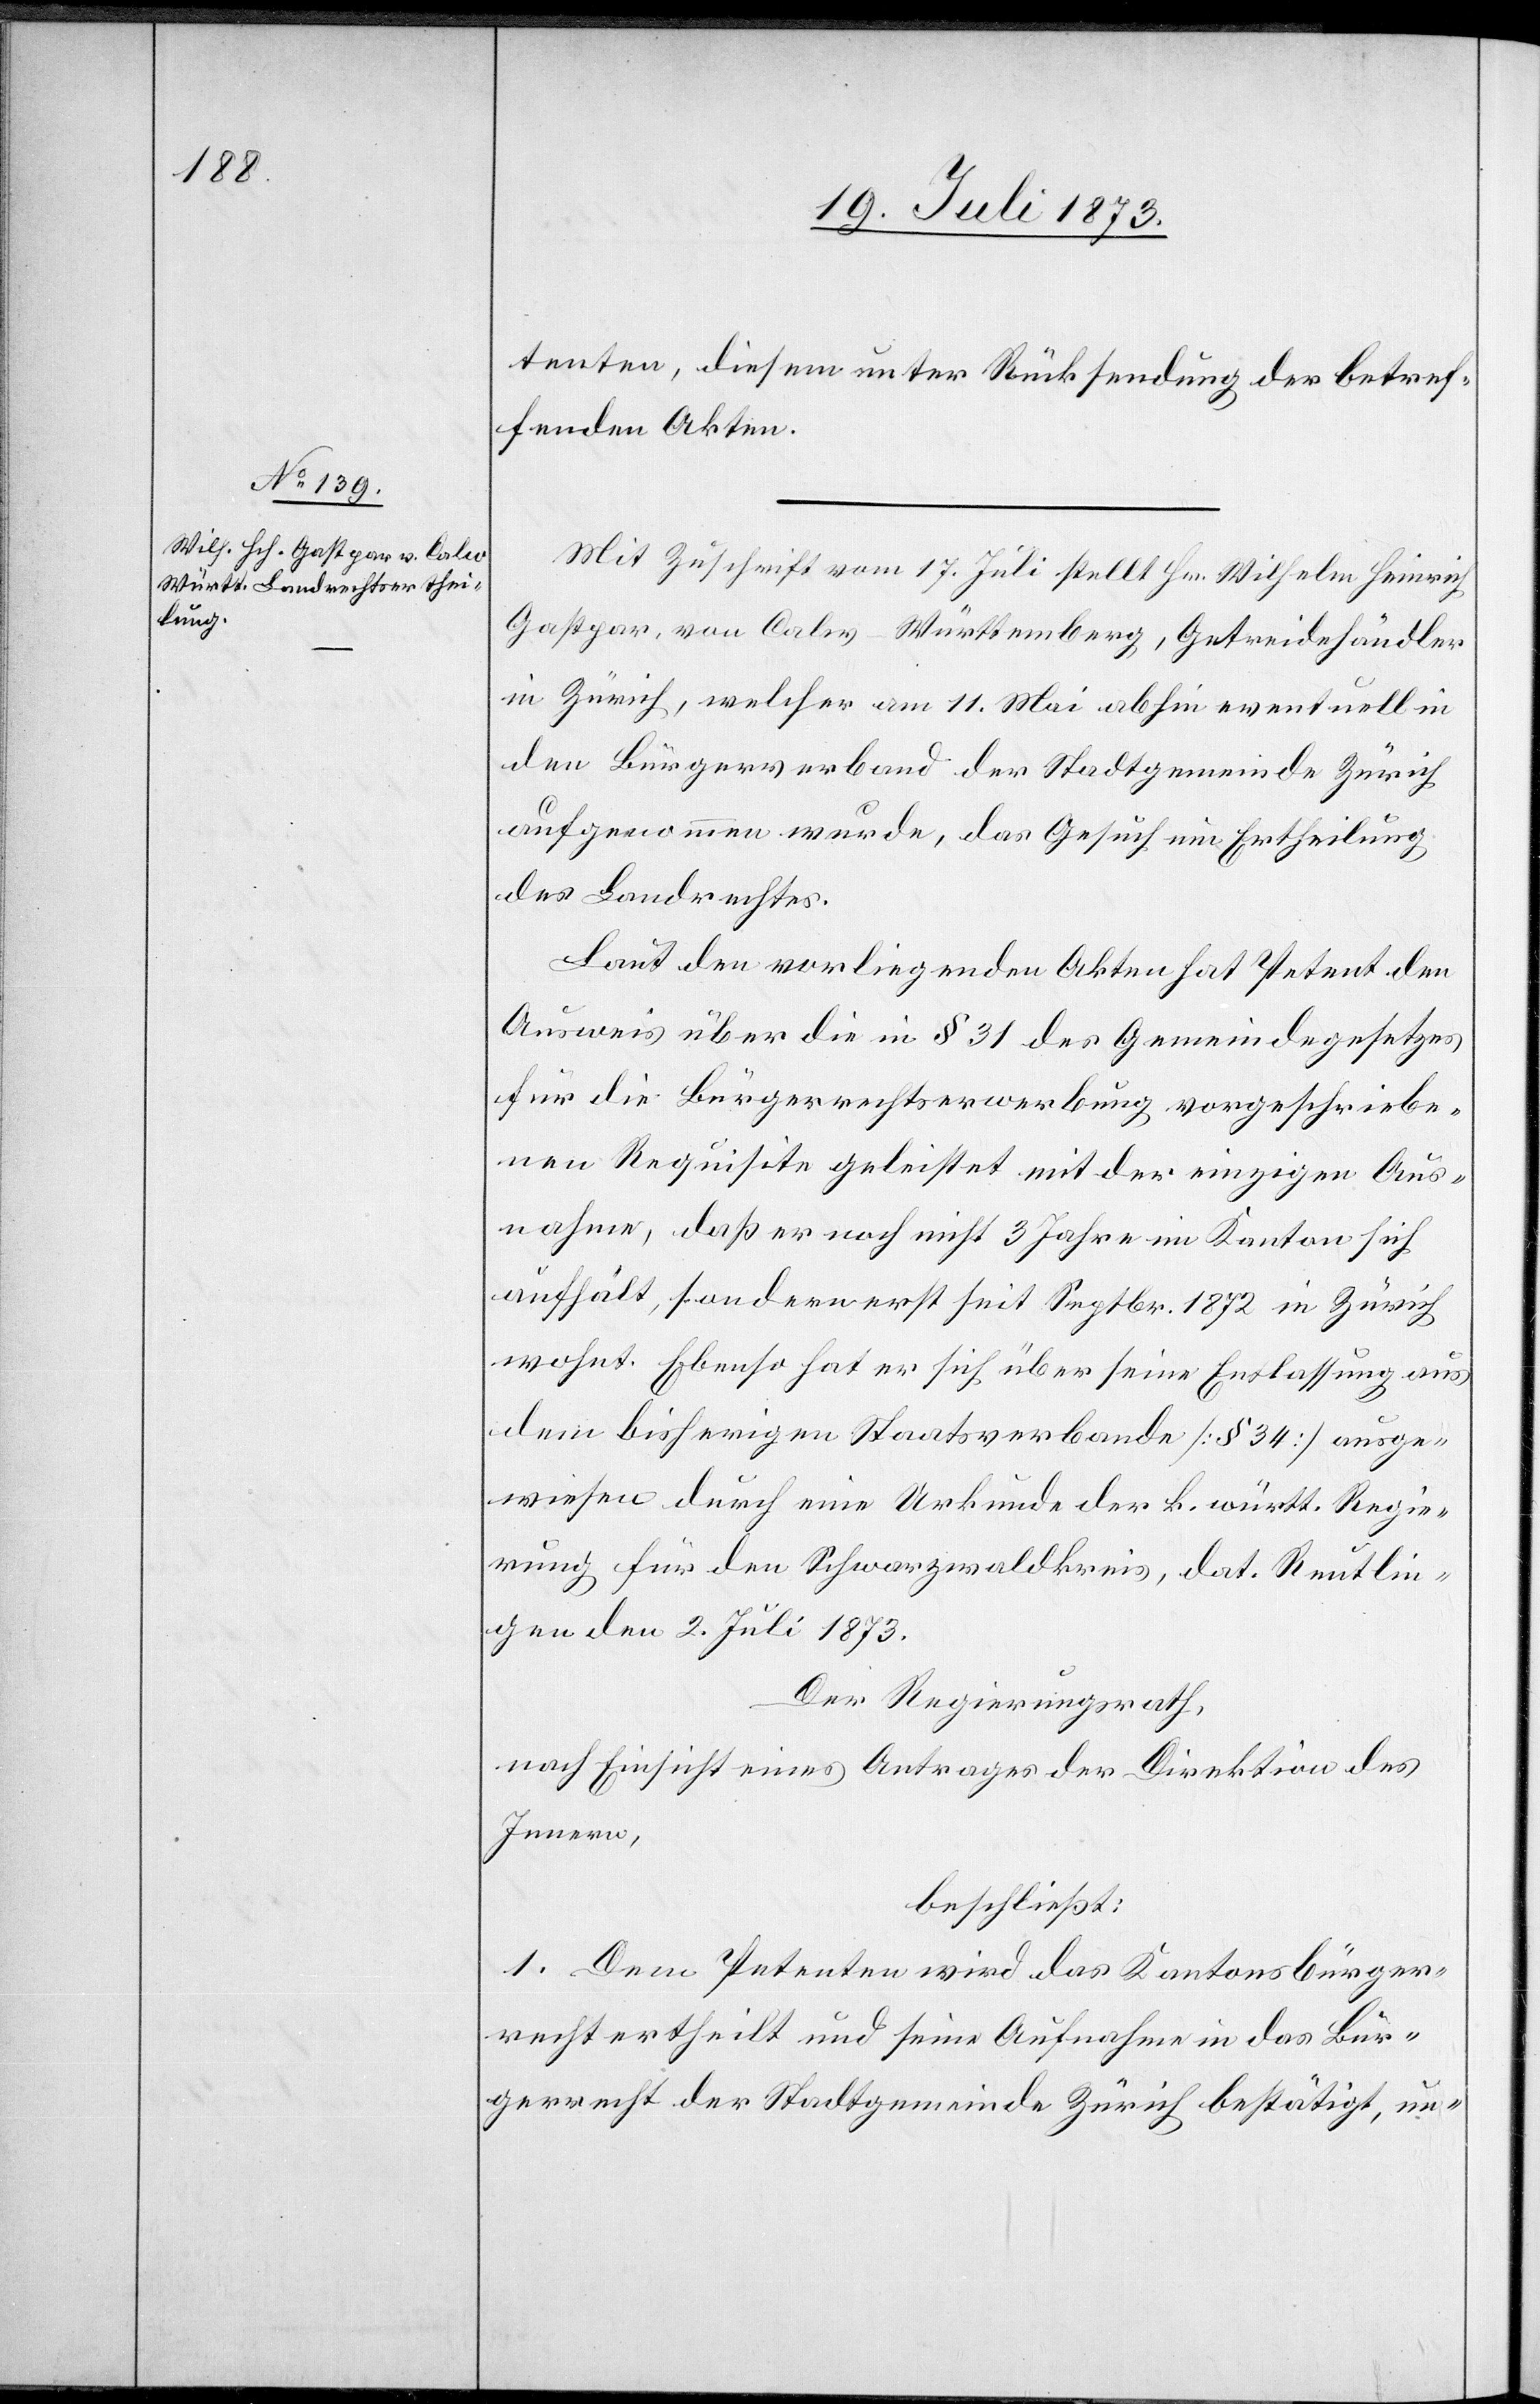
tenten, diesem unter Rücksendung der betref¬
fenden Akten.
Mit Zuschrift vom 17. Juli stellt Hr. Wilhelm Heinrich
Gastpar, von Calw-Württemberg, Getreidehändler
in Zürich, welcher am 11. Mai abhin eventuell in
den Bürgerverband der Stadtgemeinde Zürich
aufgenommen wurde, das Gesuch um Ertheilung
des Landrechtes.
Laut den vorliegenden Akten hat Petent den
Ausweis über die in § 31 des Gemeindegesetzes
für die Bürgerrechtserwerbung vorgeschriebe¬
nen Requisite geleistet mit der einzigen Aus¬
nahme, daß er noch nicht 3 Jahre im Kanton sich
aufhält, sondern erst seit Septbr. 1872 in Zürich
wohnt. Ebenso hat er sich über seine Entlassung aus
dem bisherigen Staatsverbande [§ 34] ausge¬
wiesen durch eine Urkunde der k. württ. Regie¬
rung für den Schwarzwaldkreis, dat. Reutlin¬
gen den 2. Juli 1873.
Der Regierungsrath,
nach Einsicht eines Antrages der Direktion des
Innern,
beschließt:
1. Dem Petenten wird das Kantonsbürger¬
recht ertheilt und seine Aufnahme in das Bür¬
gerrecht der Stadtgemeinde Zürich bestätigt, un-